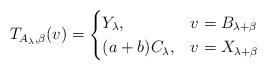
LaTeX: \begin{align*} T_{A_\lambda,\beta}(v)=\begin{cases} Y_{\lambda}, & v=B_{\lambda+\beta}\\ (a+b)C_{\lambda}, & v=X_{\lambda+\beta} \end{cases}\end{align*}